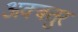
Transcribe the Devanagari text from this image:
अक्बतुर